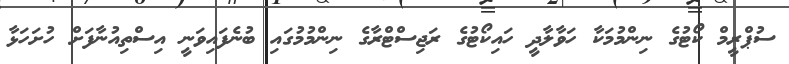
ސުޕްރީމް ކޯޓުގެ ނިންމުމަކާ ހަވާލާދީ ހައިކޯޓުގެ ރަޖިސްޓްރާގެ ނިންމުމުގައި ބުނެފައިވަނީ އިސްތިއުނާފަށް ހުށަހަޅާ